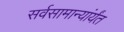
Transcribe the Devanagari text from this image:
सर्वसामान्यांर्यंत